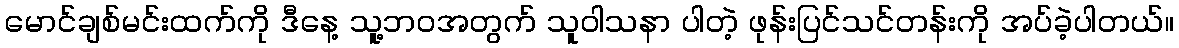
မောင်ချစ်မင်းထက်ကို ဒီနေ့ သူ့ဘဝအတွက် သူဝါသနာ ပါတဲ့ ဖုန်းပြင်သင်တန်းကို အပ်ခဲ့ပါတယ်။